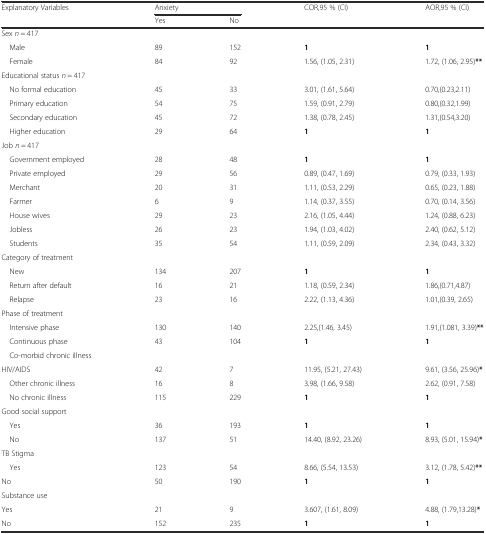
<table><thead><tr><td rowspan="2"><b>Explanatory Variables</b></td><td colspan="2"><b>Anxiety</b></td><td rowspan="2"><b>COR,95 % (CI)</b></td><td rowspan="2"><b>AOR,95 % (CI)</b></td></tr><tr><td><b>Yes</b></td><td><b>No</b></td></tr></thead><tbody><tr><td colspan="4">Sex <i>n</i> = 417</td><td></td></tr><tr><td> Male</td><td>89</td><td>152</td><td><b>1</b></td><td><b>1</b></td></tr><tr><td> Female</td><td>84</td><td>92</td><td>1.56, (1.05, 2.31)</td><td>1.72, (1.06, 2.95)<b>**</b></td></tr><tr><td>Educational status <i>n</i> = 417</td><td></td><td></td><td></td><td></td></tr><tr><td> No formal education</td><td>45</td><td>33</td><td>3.01, (1.61, 5.64)</td><td>0.70,(0.23,2.11)</td></tr><tr><td> Primary education</td><td>54</td><td>75</td><td>1.59, (0.91, 2.79)</td><td>0.80,(0.32,1.99)</td></tr><tr><td> Secondary education</td><td>45</td><td>72</td><td>1.38, (0.78, 2.45)</td><td>1.31,(0.54,3.20)</td></tr><tr><td> Higher education</td><td>29</td><td>64</td><td><b>1</b></td><td><b>1</b></td></tr><tr><td>Job <i>n</i> = 417</td><td></td><td></td><td></td><td></td></tr><tr><td> Government employed</td><td>28</td><td>48</td><td><b>1</b></td><td><b>1</b></td></tr><tr><td> Private employed</td><td>29</td><td>56</td><td>0.89, (0.47, 1.69)</td><td>0.79, (0.33, 1.93)</td></tr><tr><td> Merchant</td><td>20</td><td>31</td><td>1.11, (0.53, 2.29)</td><td>0.65, (0.23, 1.88)</td></tr><tr><td> Farmer</td><td>6</td><td>9</td><td>1.14, (0.37, 3.55)</td><td>0.70, (0.14, 3.56)</td></tr><tr><td> House wives</td><td>29</td><td>23</td><td>2.16, (1.05, 4.44)</td><td>1.24, (0.88, 6.23)</td></tr><tr><td> Jobless</td><td>26</td><td>23</td><td>1.94, (1.03, 4.02)</td><td>2.40, (0.62, 5.12)</td></tr><tr><td> Students</td><td>35</td><td>54</td><td>1.11, (0.59, 2.09)</td><td>2.34, (0.43, 3.32)</td></tr><tr><td>Category of treatment</td><td></td><td></td><td></td><td></td></tr><tr><td> New</td><td>134</td><td>207</td><td><b>1</b></td><td><b>1</b></td></tr><tr><td> Return after default</td><td>16</td><td>21</td><td>1.18, (0.59, 2.34)</td><td>1.86,(0.71,4.87)</td></tr><tr><td> Relapse</td><td>23</td><td>16</td><td>2.22, (1.13, 4.36)</td><td>1.01,(0.39, 2.65)</td></tr><tr><td>Phase of treatment</td><td></td><td></td><td></td><td></td></tr><tr><td> Intensive phase</td><td>130</td><td>140</td><td>2.25,(1.46, 3.45)</td><td>1.91,(1.081, 3.39)<b>**</b></td></tr><tr><td> Continuous phase</td><td>43</td><td>104</td><td><b>1</b></td><td><b>1</b></td></tr><tr><td> Co-morbid chronic illness</td><td></td><td></td><td></td><td></td></tr><tr><td>HIV/AIDS</td><td>42</td><td>7</td><td>11.95, (5.21, 27.43)</td><td>9.61, (3.56, 25.96)<b>*</b></td></tr><tr><td> Other chronic illness</td><td>16</td><td>8</td><td>3.98, (1.66, 9.58)</td><td>2.62, (0.91, 7.58)</td></tr><tr><td> No chronic illness</td><td>115</td><td>229</td><td><b>1</b></td><td><b>1</b></td></tr><tr><td>Good social support</td><td></td><td></td><td></td><td></td></tr><tr><td> Yes</td><td>36</td><td>193</td><td><b>1</b></td><td><b>1</b></td></tr><tr><td> No</td><td>137</td><td>51</td><td>14.40, (8.92, 23.26)</td><td>8.93, (5.01, 15.94)<b>*</b></td></tr><tr><td>TB Stigma</td><td></td><td></td><td></td><td></td></tr><tr><td> Yes</td><td>123</td><td>54</td><td>8.66, (5.54, 13.53)</td><td>3.12, (1.78, 5.42)<b>**</b></td></tr><tr><td>No</td><td>50</td><td>190</td><td><b>1</b></td><td><b>1</b></td></tr><tr><td>Substance use</td><td></td><td></td><td></td><td></td></tr><tr><td>Yes</td><td>21</td><td>9</td><td>3.607, (1.61, 8.09)</td><td>4.88, (1.79,13.28)<b>*</b></td></tr><tr><td>No</td><td>152</td><td>235</td><td><b>1</b></td><td><b>1</b></td></tr></tbody></table>